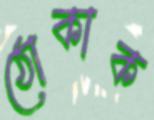
ঠোকাক